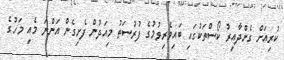
ކުރިއަށް ގެންދާއިރު ކޯސްތަކުގައި ބައިވެރިވުމުގެ ފުރުސަތު މިއަދުން ފެށިގެން އަންނަ މެއި މަހުގެ